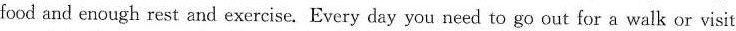
food and enough rest and exercise. Every day you need to go out for a walk or visit